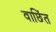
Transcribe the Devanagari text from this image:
वाछिंत